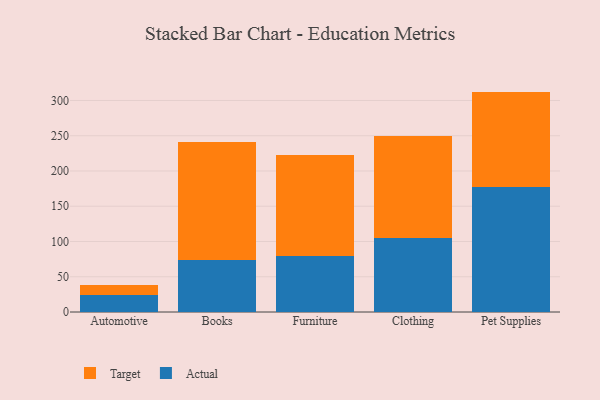
{"axis": {"x": "Category", "y": "Gross Profit (USD K)"}, "legend": ["Actual", "Target"], "data": [{"x": "Automotive", "y": 24.2, "type": "Actual"}, {"x": "Automotive", "y": 13.7, "type": "Target"}, {"x": "Books", "y": 74.1, "type": "Actual"}, {"x": "Books", "y": 166.4, "type": "Target"}, {"x": "Furniture", "y": 79.4, "type": "Actual"}, {"x": "Furniture", "y": 142.9, "type": "Target"}, {"x": "Clothing", "y": 104.7, "type": "Actual"}, {"x": "Clothing", "y": 145.4, "type": "Target"}, {"x": "Pet Supplies", "y": 177.3, "type": "Actual"}, {"x": "Pet Supplies", "y": 135.3, "type": "Target"}]}